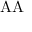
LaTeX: \mathrm { \ A A }